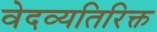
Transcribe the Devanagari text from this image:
वेदव्यतिरिक्त